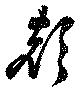
聲